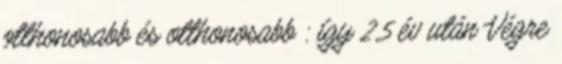
otthonosabb és otthonosabb : így 2,5 év után Végre